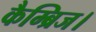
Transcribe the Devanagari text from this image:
कैम्ब्रिज।